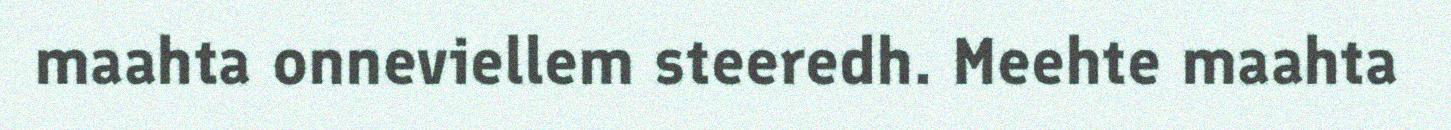
maahta onneviellem steeredh. Meehte maahta